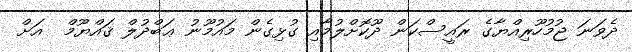
ދެވަނަ ޖުމުހޫރިއްޔާގެ ރައީސްކަން ދޫކޮށްލުމާއި ގުޅިގެން މައުމޫނު ޢަބްދުލް ޤައްޔޫމް  އަށް